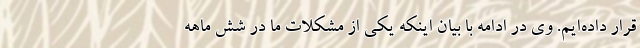
قرار داده‌ایم. وی در ادامه با بیان اینکه یکی از مشکلات ما در شش ماهه